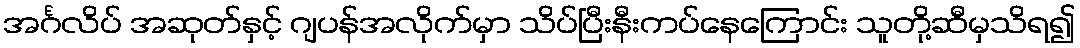
အင်္ဂလိပ် အဆုတ်နှင့် ဂျပန်အလိုက်မှာ သိပ်ပြီးနီးကပ်နေကြောင်း သူတို့ဆီမှသိရ၍